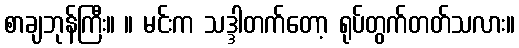
စာချဘုန်ကြီး။ ။ မင်းက သဒ္ဒါတက်တော့ ရုပ်တွက်တတ်သလား။